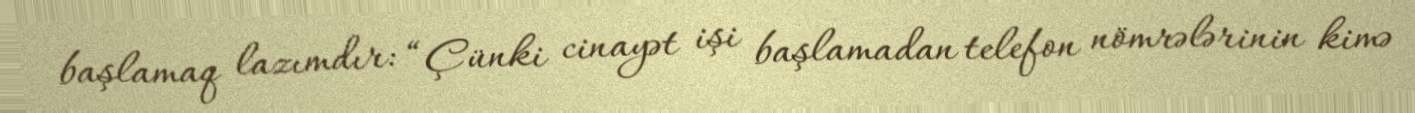
başlamaq lazımdır: “Çünki cinayət işi başlamadan telefon nömrələrinin kimə